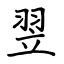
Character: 翌